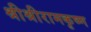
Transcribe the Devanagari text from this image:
श्रीश्रीरामकृष्ण